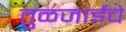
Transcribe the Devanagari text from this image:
तुळजाईचे